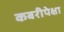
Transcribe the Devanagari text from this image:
कबरीपेक्षा